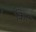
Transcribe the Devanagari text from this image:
क़िर